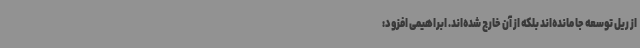
از ریل توسعه جا مانده‌اند بلکه از آن خارج شده‌اند. ابراهیمی افزود: